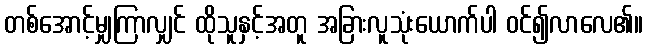
တစ်အောင့်မျှကြာလျှင် ထိုသူနှင့်အတူ အခြားလူသုံးယောက်ပါ ဝင်၍လာလေ၏။